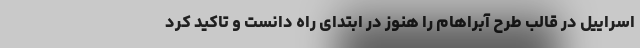
اسراییل در قالب طرح آبراهام را هنوز در ابتدای راه دانست و تاکید کرد